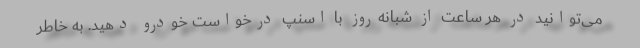
می‌توانید در هر ساعت از شبانه‌روز با اسنپ درخواست خودرو دهید. به خاطر